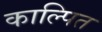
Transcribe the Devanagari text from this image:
काल्पित